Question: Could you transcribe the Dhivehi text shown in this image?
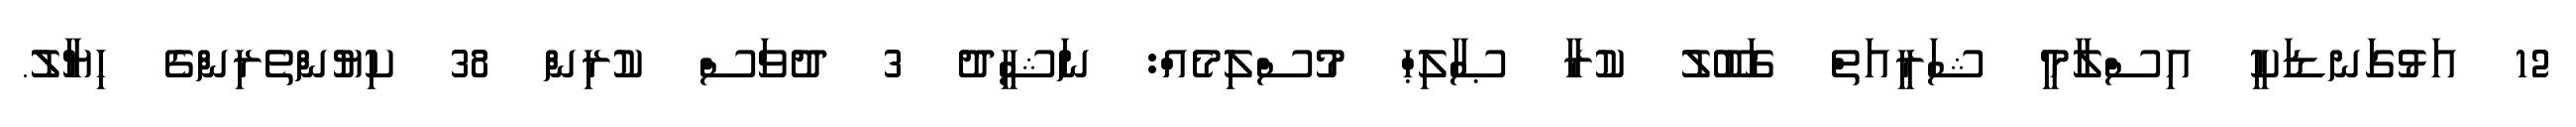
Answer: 12 އަޅުގަނޑަކީ އިސްލާމީ ޝަރީއަތް ގަބޫލު ކުރާ ޞާލިޙް މުސްލިމެއް: ނަޝީދު 3 ދުވަސް ކުރިން 38 ކިޔުންތެރިންގެ ހިޔާލު.